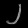
Digit: ၂